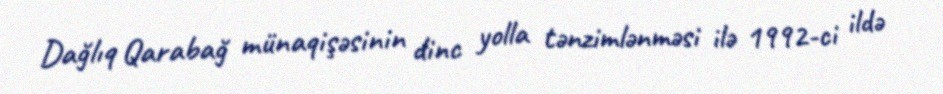
Dağlıq Qarabağ münaqişəsinin dinc yolla tənzimlənməsi ilə 1992-ci ildə